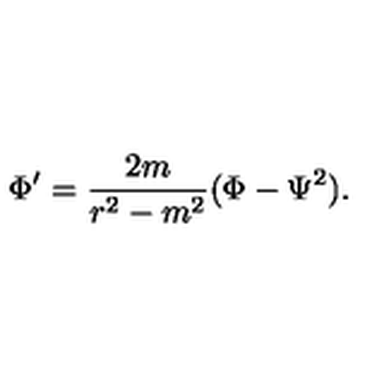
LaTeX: \Phi ^ { \prime } = { \frac { 2 m } { r ^ { 2 } - m ^ { 2 } } } ( \Phi - \Psi ^ { 2 } ) .